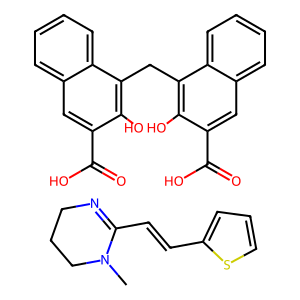
SMILES: CN1CCCN=C1C=Cc1cccs1.O=C(O)c1cc2ccccc2c(Cc2c(O)c(C(=O)O)cc3ccccc23)c1O
Inhibits HIV replication: No